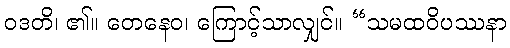
ဝဒတိ၊ ၏။ တေနေဝ၊ ကြောင့်သာလျှင်။ “သမထဝိပဿနာ